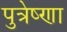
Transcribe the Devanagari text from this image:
पुत्रेष्णा